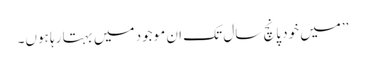
’’میں خود پانچ سال تک ان موجود میں بہتا رہا ہوں۔